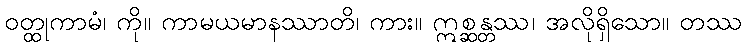
ဝတ္ထုကာမံ၊ ကို။ ကာမယမာနဿာတိ၊ ကား။ ဣစ္ဆန္တဿ၊ အလိုရှိသော။ တဿ